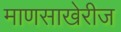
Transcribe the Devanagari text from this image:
माणसाखेरीज